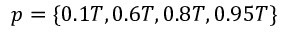
p = \{ 0 . 1 T , 0 . 6 T , 0 . 8 T , 0 . 9 5 T \}